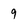
Character: 9